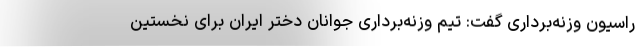
راسیون وزنه‌برداری گفت: تیم وزنه‌برداری جوانان دختر ایران برای نخستین